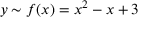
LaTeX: y \sim f ( x ) = x ^ { 2 } - x + 3